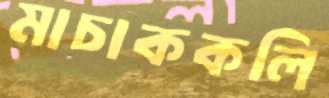
মাচাককলি